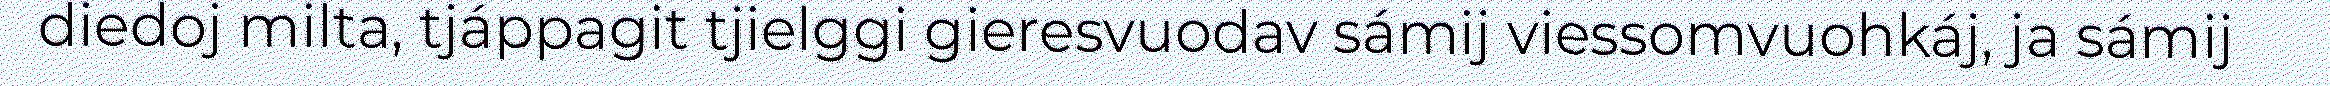
diedoj milta, tjáppagit tjielggi gieresvuodav sámij viessomvuohkáj, ja sámij